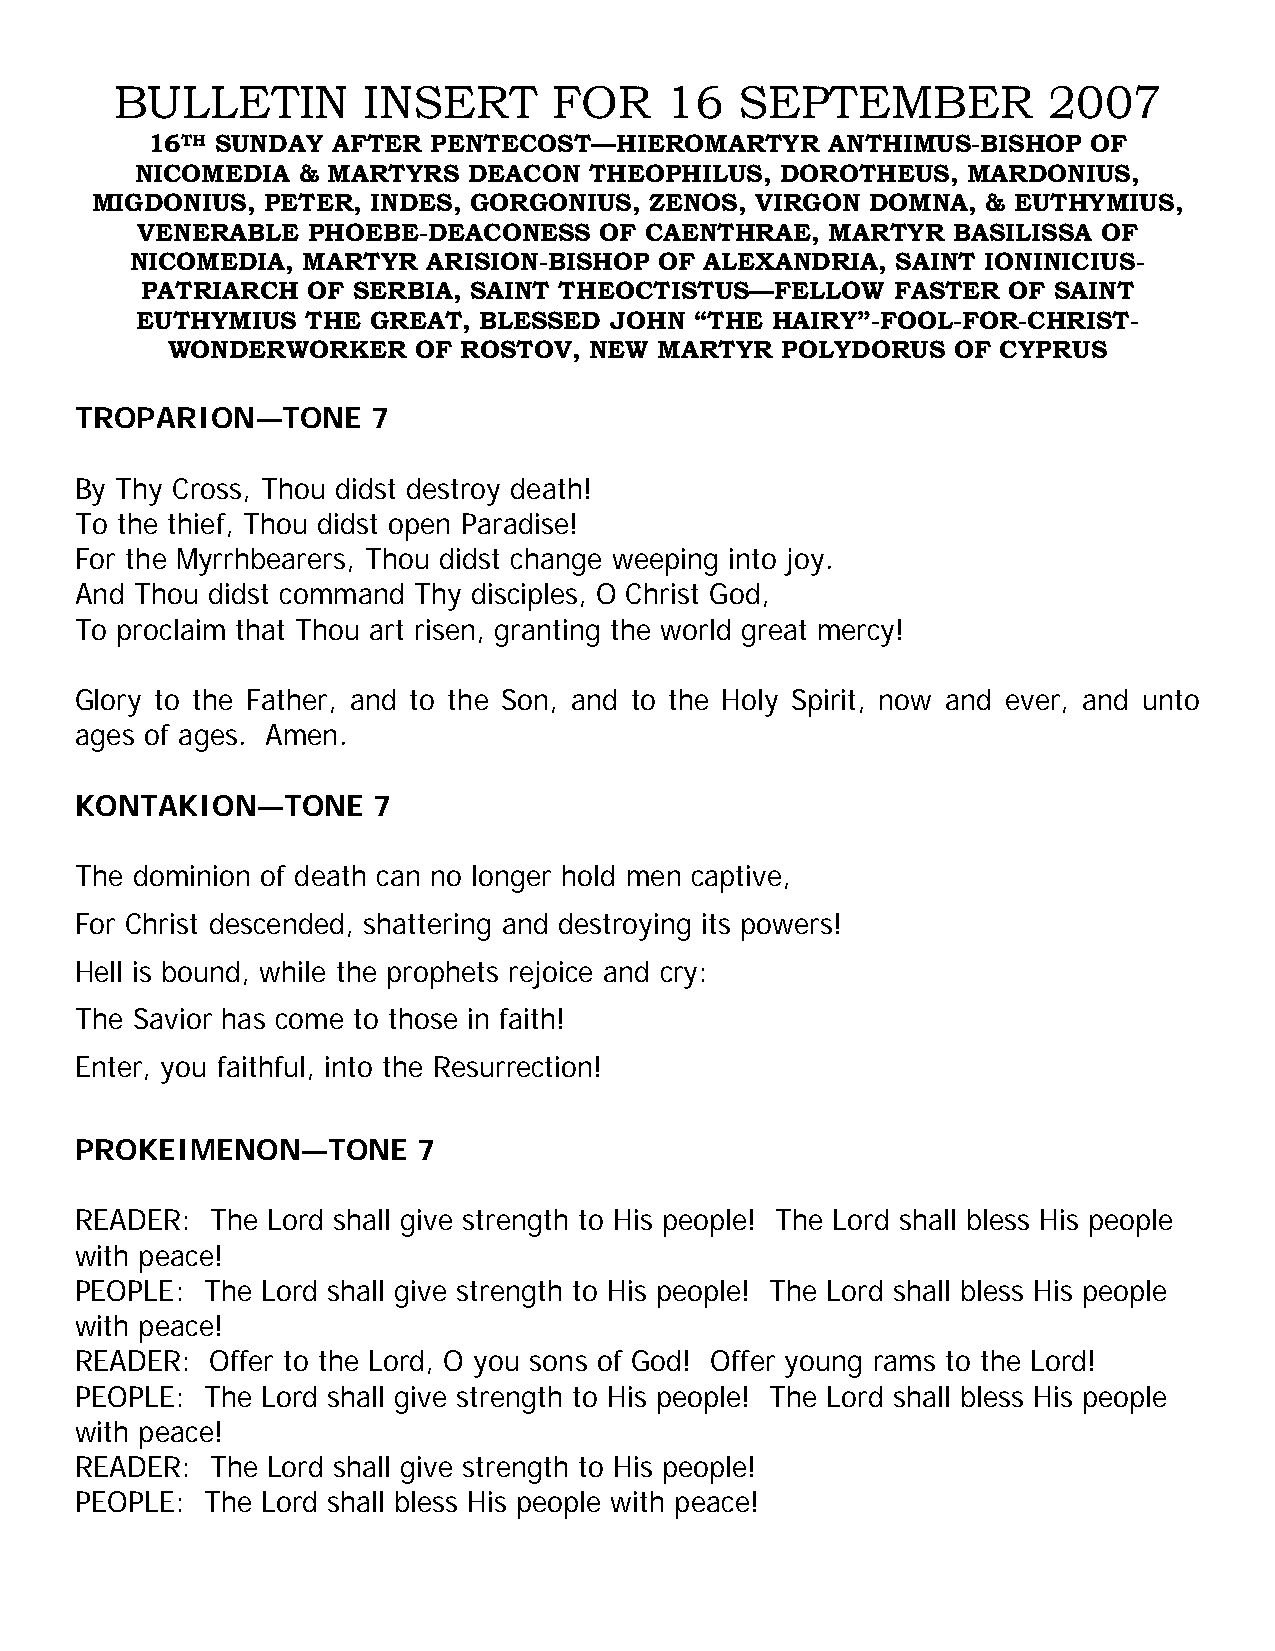
BULLETIN        INSERT       FOR    16   SEPTEMBER           2007
 16TH SUNDAY AFTER PENTECOST—HIEROMARTYR      ANTHIMUS-BISHOP  OF
 NICOMEDIA  & MARTYRS  DEACON  THEOPHILUS,  DOROTHEUS,  MARDONIUS,
 MIGDONIUS,  PETER, INDES, GORGONIUS, ZENOS, VIRGON  DOMNA, & EUTHYMIUS,
 VENERABLE  PHOEBE-DEACONESS    OF CAENTHRAE,  MARTYR  BASILISSA OF
 NICOMEDIA, MARTYR  ARISION-BISHOP  OF ALEXANDRIA, SAINT IONINICIUS-
 PATRIARCH  OF SERBIA, SAINT THEOCTISTUS—FELLOW    FASTER  OF SAINT
 EUTHYMIUS  THE GREAT,  BLESSED JOHN  “THE HAIRY”-FOOL-FOR-CHRIST-
 WONDERWORKER     OF ROSTOV, NEW  MARTYR  POLYDORUS  OF CYPRUS
 TROPARION—TONE      7
 By Thy Cross, Thou didst destroy death!
 To the thief, Thou didst open Paradise!
 For the Myrrhbearers, Thou didst change weeping into joy.
 And Thou didst command Thy disciples, O Christ God,
 To proclaim that Thou art risen, granting the world great mercy!
 Glory to the Father, and to the Son, and to the Holy Spirit, now and ever, and unto
 ages of ages. Amen.
 KONTAKION—TONE      7
 The dominion of death can no longer hold men captive,
 For Christ descended, shattering and destroying its powers!
 Hell is bound, while the prophets rejoice and cry:
 The Savior has come to those in faith!
 Enter, you faithful, into the Resurrection!
 PROKEIMENON—TONE       7
 READER:  The Lord shall give strength to His people! The Lord shall bless His people
 with peace!
 PEOPLE: The Lord shall give strength to His people! The Lord shall bless His people
 with peace!
 READER:  Offer to the Lord, O you sons of God! Offer young rams to the Lord!
 PEOPLE: The Lord shall give strength to His people! The Lord shall bless His people
 with peace!
 READER:  The Lord shall give strength to His people!
 PEOPLE: The Lord shall bless His people with peace!